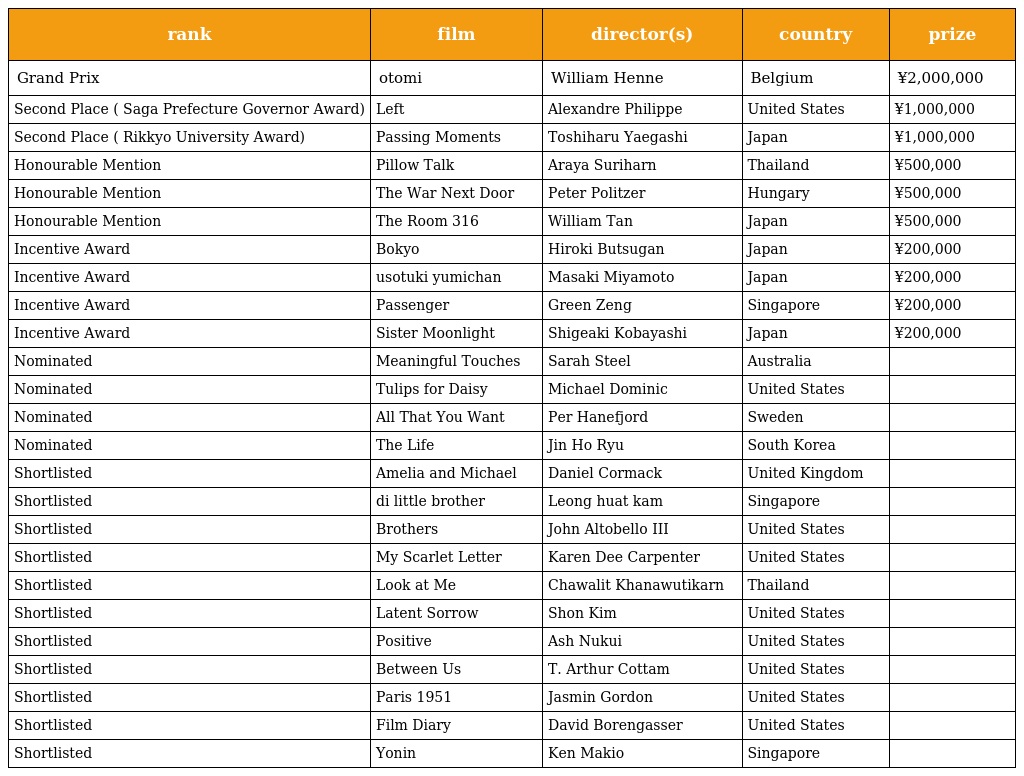
| rank | film | director(s) | country | prize |
 | --- | --- | --- | --- | --- |
 | Grand Prix | otomi | William Henne | Belgium | ¥2,000,000 |
 | Second Place ( Saga Prefecture Governor Award) | Left | Alexandre Philippe | United States | ¥1,000,000 |
 | Second Place ( Rikkyo University Award) | Passing Moments | Toshiharu Yaegashi | Japan | ¥1,000,000 |
 | Honourable Mention | Pillow Talk | Araya Suriharn | Thailand | ¥500,000 |
 | Honourable Mention | The War Next Door | Peter Politzer | Hungary | ¥500,000 |
 | Honourable Mention | The Room 316 | William Tan | Japan | ¥500,000 |
 | Incentive Award | Bokyo | Hiroki Butsugan | Japan | ¥200,000 |
 | Incentive Award | usotuki yumichan | Masaki Miyamoto | Japan | ¥200,000 |
 | Incentive Award | Passenger | Green Zeng | Singapore | ¥200,000 |
 | Incentive Award | Sister Moonlight | Shigeaki Kobayashi | Japan | ¥200,000 |
 | Nominated | Meaningful Touches | Sarah Steel | Australia |  |
 | Nominated | Tulips for Daisy | Michael Dominic | United States |  |
 | Nominated | All That You Want | Per Hanefjord | Sweden |  |
 | Nominated | The Life | Jin Ho Ryu | South Korea |  |
 | Shortlisted | Amelia and Michael | Daniel Cormack | United Kingdom |  |
 | Shortlisted | di （little brother） | Leong huat kam | Singapore |  |
 | Shortlisted | Brothers | John Altobello III | United States |  |
 | Shortlisted | My Scarlet Letter | Karen Dee Carpenter | United States |  |
 | Shortlisted | Look at Me | Chawalit Khanawutikarn | Thailand |  |
 | Shortlisted | Latent Sorrow | Shon Kim | United States |  |
 | Shortlisted | Positive | Ash Nukui | United States |  |
 | Shortlisted | Between Us | T. Arthur Cottam | United States |  |
 | Shortlisted | Paris 1951 | Jasmin Gordon | United States |  |
 | Shortlisted | Film Diary | David Borengasser | United States |  |
 | Shortlisted | Yonin | Ken Makio | Singapore |  |